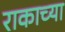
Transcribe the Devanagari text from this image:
राकाच्या